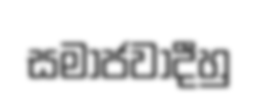
සමාජවාදීහු